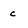
Character: c